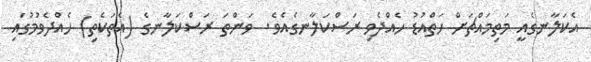
އެކަލާނގެއީ މަތިމައްޗަށް ހަތްއުޑު ހެއްދެވި ރަސްކަލާނގެއެވެ.  ވަންތަ ރަސްކަލާނގެ (އެތަކެތި) ހެއްދެވުމުގައި